Report on sanitation, dispensaries, and jails in Rajputana for 1918, and on vaccination for the year 1918-1919 - 1918-1919
Year: 1918
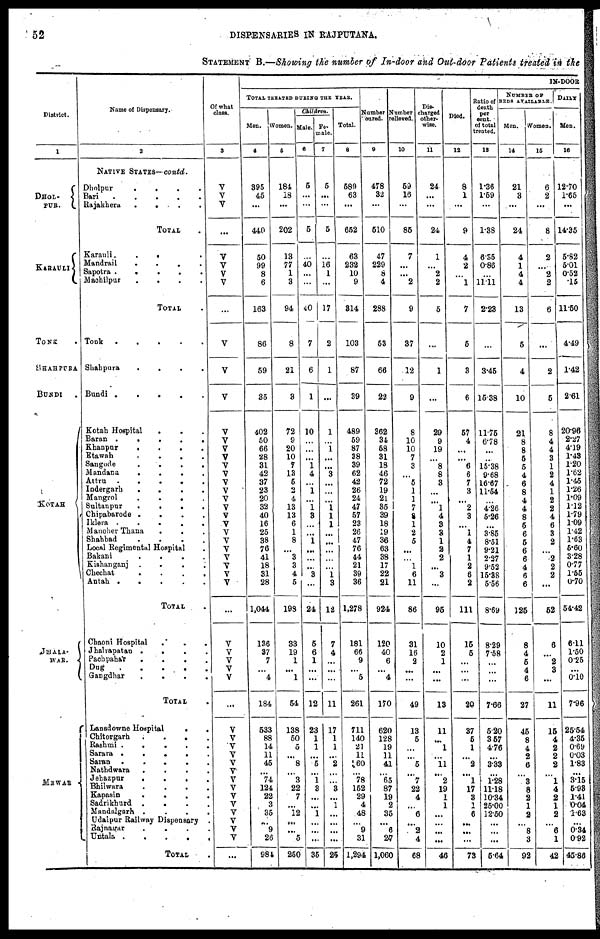
52
DISPENSARIES IN RAJPUTANA.
STATEMENT B.—Showing the number of In-door and Out-door Patients treated in the
District.
1
DHOL¬
PUR.
KARAULI
TONK .
SHAHPURA
BUNDI .
KOTAH
JHALA¬
WAR.
MEWAR
Name of Dispensary.
2
NATIVE STATES— contd.
Dholpur
.
.
.
.
Bari
.
.
.
.
.
Rajakhera
.
.
.
.
TOTAL .
Karauli.
.
. .
Mandrail
.
.
.
.
Sapotra .
.
.
.
.
Machilpur
.
.
.
.
TOTAL .
Tonk . . . . .
Shahpura
.
.
.
.
Bundi .
.
.
.
.
Kotah Hospital
.
. .
Baran .
.
.
.
.
Khanpur
.
.
.
.
Etawah
.
.
.
.
Sangode
.
.
.
.
Mandana
.
.
.
.
Attru
.
.
.
.
Indergarh
.
.
.
.
Mangrol
. . . .
Sultanpur
.
.
.
.
Chipabarode .
.
.
.
Iklera .
.
.
.
.
Manoher Thana . . .
Shahbad
.
.
.
.
Local Regimental Hospital .
Bakani
.
.
.
.
Kishanganj .
.
.
.
Chechat
.
.
.
.
Antah .
.
.
.
.
TOTAL . .
Chaoni Hospital . . .
Jhalrapatan
.
. . .
Pachpabar
.
.
. .
Dug
.
.
.
.
.
Gangdhar
.
.
.
.
TOTAL .
Lansdowne Hospital
.
.
Chitorgarh
. . . .
Rashmi
.
. . . .
Sarara .
.
.
.
.
Saran
.
.
. . .
Nathdwara . . . .
Jehazpur
.
.
. .
Bhilwara
.
. . .
Kapasin
.
.
.
.
Sadrikhurd
. . . .
Mandalgarh
. . . .
Udaipur Railway Dispensary .
Rajnagar
.
.
.
.
Untala
.
. . . .
TOTAL .
Of what
class.
3
V
V
V
...
V
V
V
V
...
V
V
V
V
V
V
V
V
V
V
V
V
V
V
V
V
V
V
V
V
V
V
...
V
V
V
V
V
...
V
V
V
V
V
V
V
V
V
V
V
V
V
V
...
IN-DOOR
TOTAL TREATED DURING THE YEAR.
Men.
4
395
45
...
440
50
99
8
6
163
86
59
35
402
50
66
28
31
42
37
23
20
32
40
16
25
38
76
41
18
31
28
1,044
136
37
7
...
4
184
533
88
14
11
45
...
74
124
22
3
35
...
9
26
984
Women.
5
184
18
...
202
13
77
1
3
94
8
21
3
72
9
20
10
7
13
5
2
4
13
13
6
1
8
...
3
3
4
5
198
33
19
1
...
1
54
138
50
5
...
8
...
3
22
7
...
12
...
...
5
250
Children.
Male.
6
5
...
...
5
...
40
...
...
40
7
6
1
10
...
...
...
1
4
...
1
...
1
3
...
...
1
...
...
...
3
...
24
5
6
1
...
...
12
23
1
1
...
5
...
1
3
...
...
1
...
...
...
35
Fe-
male.
7
5
...
...
5
...
16
1
...
17
2
1
...
1
...
1
...
...
3
...
...
...
1
1
1
...
...
...
...
...
1
3
12
7
4
...
...
...
11
17
1
1
...
2
...
...
3
...
1
...
...
...
...
25
Total.
8
589
63
...
652
63
232
10
9
314
103
87
39
489
59
87
38
39
62
42
26
24
47
57
23
26
47
76
44
21
39
36
1,278
181
66
9
...
5
261
711
140
21
11
60
...
78
152
29
4
48
...
9
31
1,294
Number
cured.
9
478
32
...
510
47
229
8
4
288
53
66
22
362
34
58
31
18
46
72
19
21
35
39
18
19
36
63
38
17
22
21
924
120
40
6
...
4
170
620
128
19
11
41
...
65
87
19
2
35
...
6
27
1,060
Number
relieved.
10
59
16
...
85
7
...
...
2
9
37
12
9
8
10
10
7
3
...
5
1
1
7
8
1
2
5
...
...
1
6
11
86
31
16
2
...
...
49
13
5
...
...
5
...
7
22
4
...
6
...
2
4
68
Dis-
charged
other-
wise.
11
24
...
...
24
1
...
2
2
5
...
1
...
29
9
19
...
8
8
3
...
...
1
4
3
3
1
2
2
...
3
...
95
10
2
1
...
...
13
11
...
1
...
11
...
2
19
1
1
...
...
...
...
46
Died.
12
8
1
...
9
4
2
...
1
7
5
3
6
57
4
...
...
6
6
7
3
...
2
3
...
1
4
7
1
2
6
2
111
15
5
...
...
...
20
37
5
1
...
2
...
1
17
3
1
6
...
...
...
73
Ratio of
death
per
cent.
of total
treated.
13
1.36
1.59
...
1.38
6.35
0.86
...
11.11
2.23
...
3.45
15.38
11.75
6.78
...
...
15.38
9.68
16.67
11.54
...
4.26
5.26
...
3.85
8.51
9.21
2.27
9.52
15.38
5.56
8.69
8.29
7.58
...
...
...
7.66
5.20
3.57
4.76
...
3.33
...
1.28
11.18
10.34
25.00
12.50
...
...
...
5.64
NUMBER OF
BEDS AVAILABLE.
Men.
14
21
3
...
24
4
1
4
4
13
5
4
10
21
8
8
5
5
4
6
8
4
4
8
5
6
5
6
6
4
6
6
125
8
4
5
4
6
27
45
8
4
2
6
...
3
8
2
1
2
...
8
3
92
Women.
15
6
2
...
8
2
...
2
2
6
...
2
5
8
4
4
3
1
2
4
1
2
2
4
6
3
2
...
2
2
2
...
52
6
...
2
3
...
11
15
4
2
2
2
...
1
4
2
1
2
...
6
1
42
DAILY
Men.
16
12.70
1.65
...
14.35
5.82
5.01
0.52
.15
11.50
4.49
1.42
2.61
20.96
2.27
4.19
1.43
1.20
1.62
1.45
1.26
1.09
1.12
1.79
1.09
1.42
1.63
5.60
3.28
0.77
1.55
0.70
54.42
6.11
1.50
0.25
...
0.10
7.96
25.54
4.35
0.69
0.03
1.83
...
3.15
5.93
1.41
0.04
1.63
...
0.34
0.92
45.86